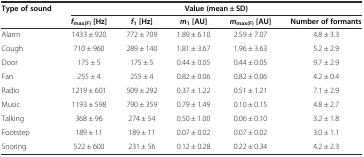
| <ROWSPAN=2> Type of sound | <COLSPAN=5> Value (mean ± SD) |
 | fmax(F) [Hz] | f1 [Hz] | m1 [AU] | mmax(F) [AU] | Number of formants |
 | --- | --- | --- | --- | --- | --- |
 | Alarm | 1433 ± 920 | 772 ± 709 | 1.89 ± 6.10 | 2.59 ± 7.07 | 4.8 ± 3.3 |
 | Cough | 710 ± 960 | 289 ± 140 | 1.81 ± 3.67 | 1.96 ± 3.63 | 5.2 ± 2.9 |
 | Door | 175 ± 5 | 175 ± 5 | 0.44 ± 0.05 | 0.44 ± 0.05 | 9.7 ± 2.9 |
 | Fan | 255 ± 4 | 255 ± 4 | 0.82 ± 0.06 | 0.82 ± 0.06 | 4.2 ± 0.4 |
 | Radio | 1219 ± 601 | 509 ± 292 | 0.37 ± 1.22 | 0.51 ± 1.21 | 7.1 ± 2.9 |
 | Music | 1193 ± 598 | 790 ± 359 | 0.79 ± 1.49 | 0.10 ± 0.15 | 4.8 ± 2.7 |
 | Talking | 368 ± 96 | 274 ± 54 | 0.50 ± 1.00 | 0.06 ± 0.10 | 3.2 ± 1.8 |
 | Footstep | 189 ± 11 | 189 ± 11 | 0.07 ± 0.02 | 0.07 ± 0.02 | 3.0 ± 1.1 |
 | Snoring | 522 ± 600 | 231 ± 56 | 0.12 ± 0.28 | 0.22 ± 0.34 | 4.2 ± 2.3 |